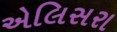
એલિસરા